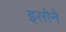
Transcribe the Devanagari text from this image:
इसोने